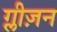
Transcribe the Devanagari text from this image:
ग्लीज़न